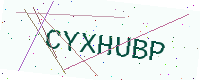
Text: CYXHUBP